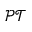
\mathcal { P T }